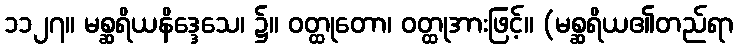
၁၁၂၇။ မစ္ဆရိယနိဒ္ဒေသေ၊ ၌။ ဝတ္ထုတော၊ ဝတ္ထုအားဖြင့်။ (မစ္ဆရိယ၏တည်ရာ